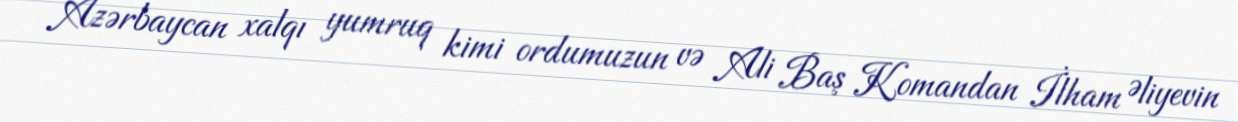
Azərbaycan xalqı yumruq kimi ordumuzun və Ali Baş Komandan İlham Əliyevin